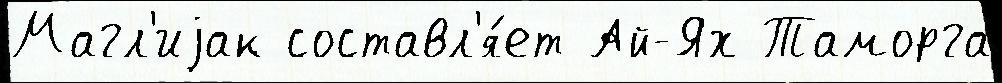
Магл'иjак составл'я́ет Ай-Ях Таморга